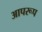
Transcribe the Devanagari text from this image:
आपरूप